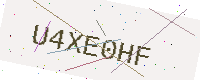
Text: U4XE0HF